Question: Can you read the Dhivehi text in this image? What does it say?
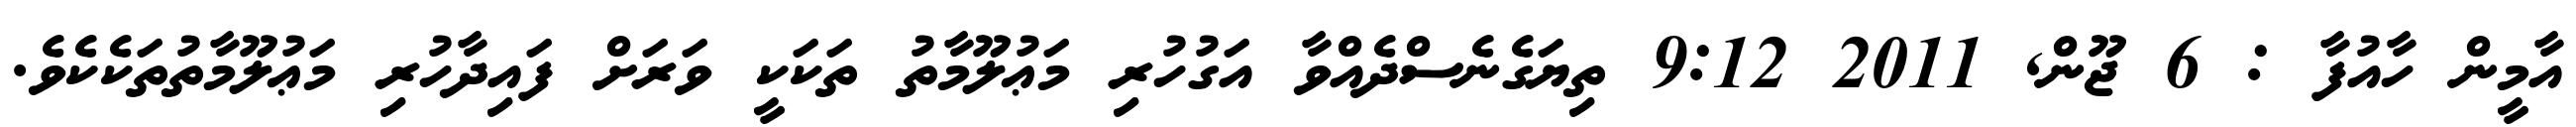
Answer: އާމީން ހާއުފާ : 6 ޖޫން, 2011 9:12 ތިޔަގެނެސްދެއްވާ އަގުހުރި މަޢުލޫމާތު ތަކަކީ ވަރަށް ފައިދާހުރި މަޢުލޫމާތުތަކެކެވެ.